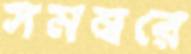
সমন্বরে